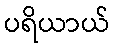
ပရိယာယ်